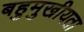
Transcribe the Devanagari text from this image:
बहुमुखीयता